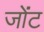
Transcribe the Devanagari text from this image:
जोंट